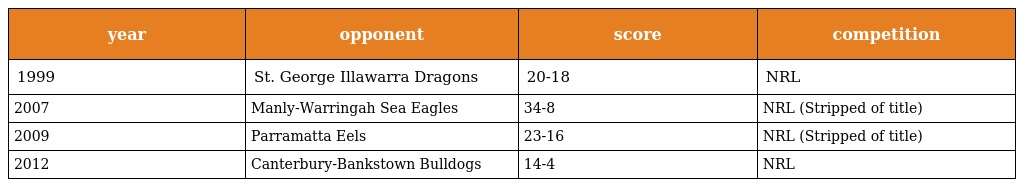
| year | opponent | score | competition |
 | --- | --- | --- | --- |
 | 1999 | St. George Illawarra Dragons | 20-18 | NRL |
 | 2007 | Manly-Warringah Sea Eagles | 34-8 | NRL (Stripped of title) |
 | 2009 | Parramatta Eels | 23-16 | NRL (Stripped of title) |
 | 2012 | Canterbury-Bankstown Bulldogs | 14-4 | NRL |